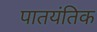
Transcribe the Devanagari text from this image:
पातयंतिक